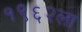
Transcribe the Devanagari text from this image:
१९६२ला